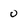
Character: 0